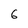
Character: 6